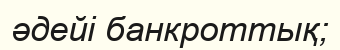
әдейі банкроттық;